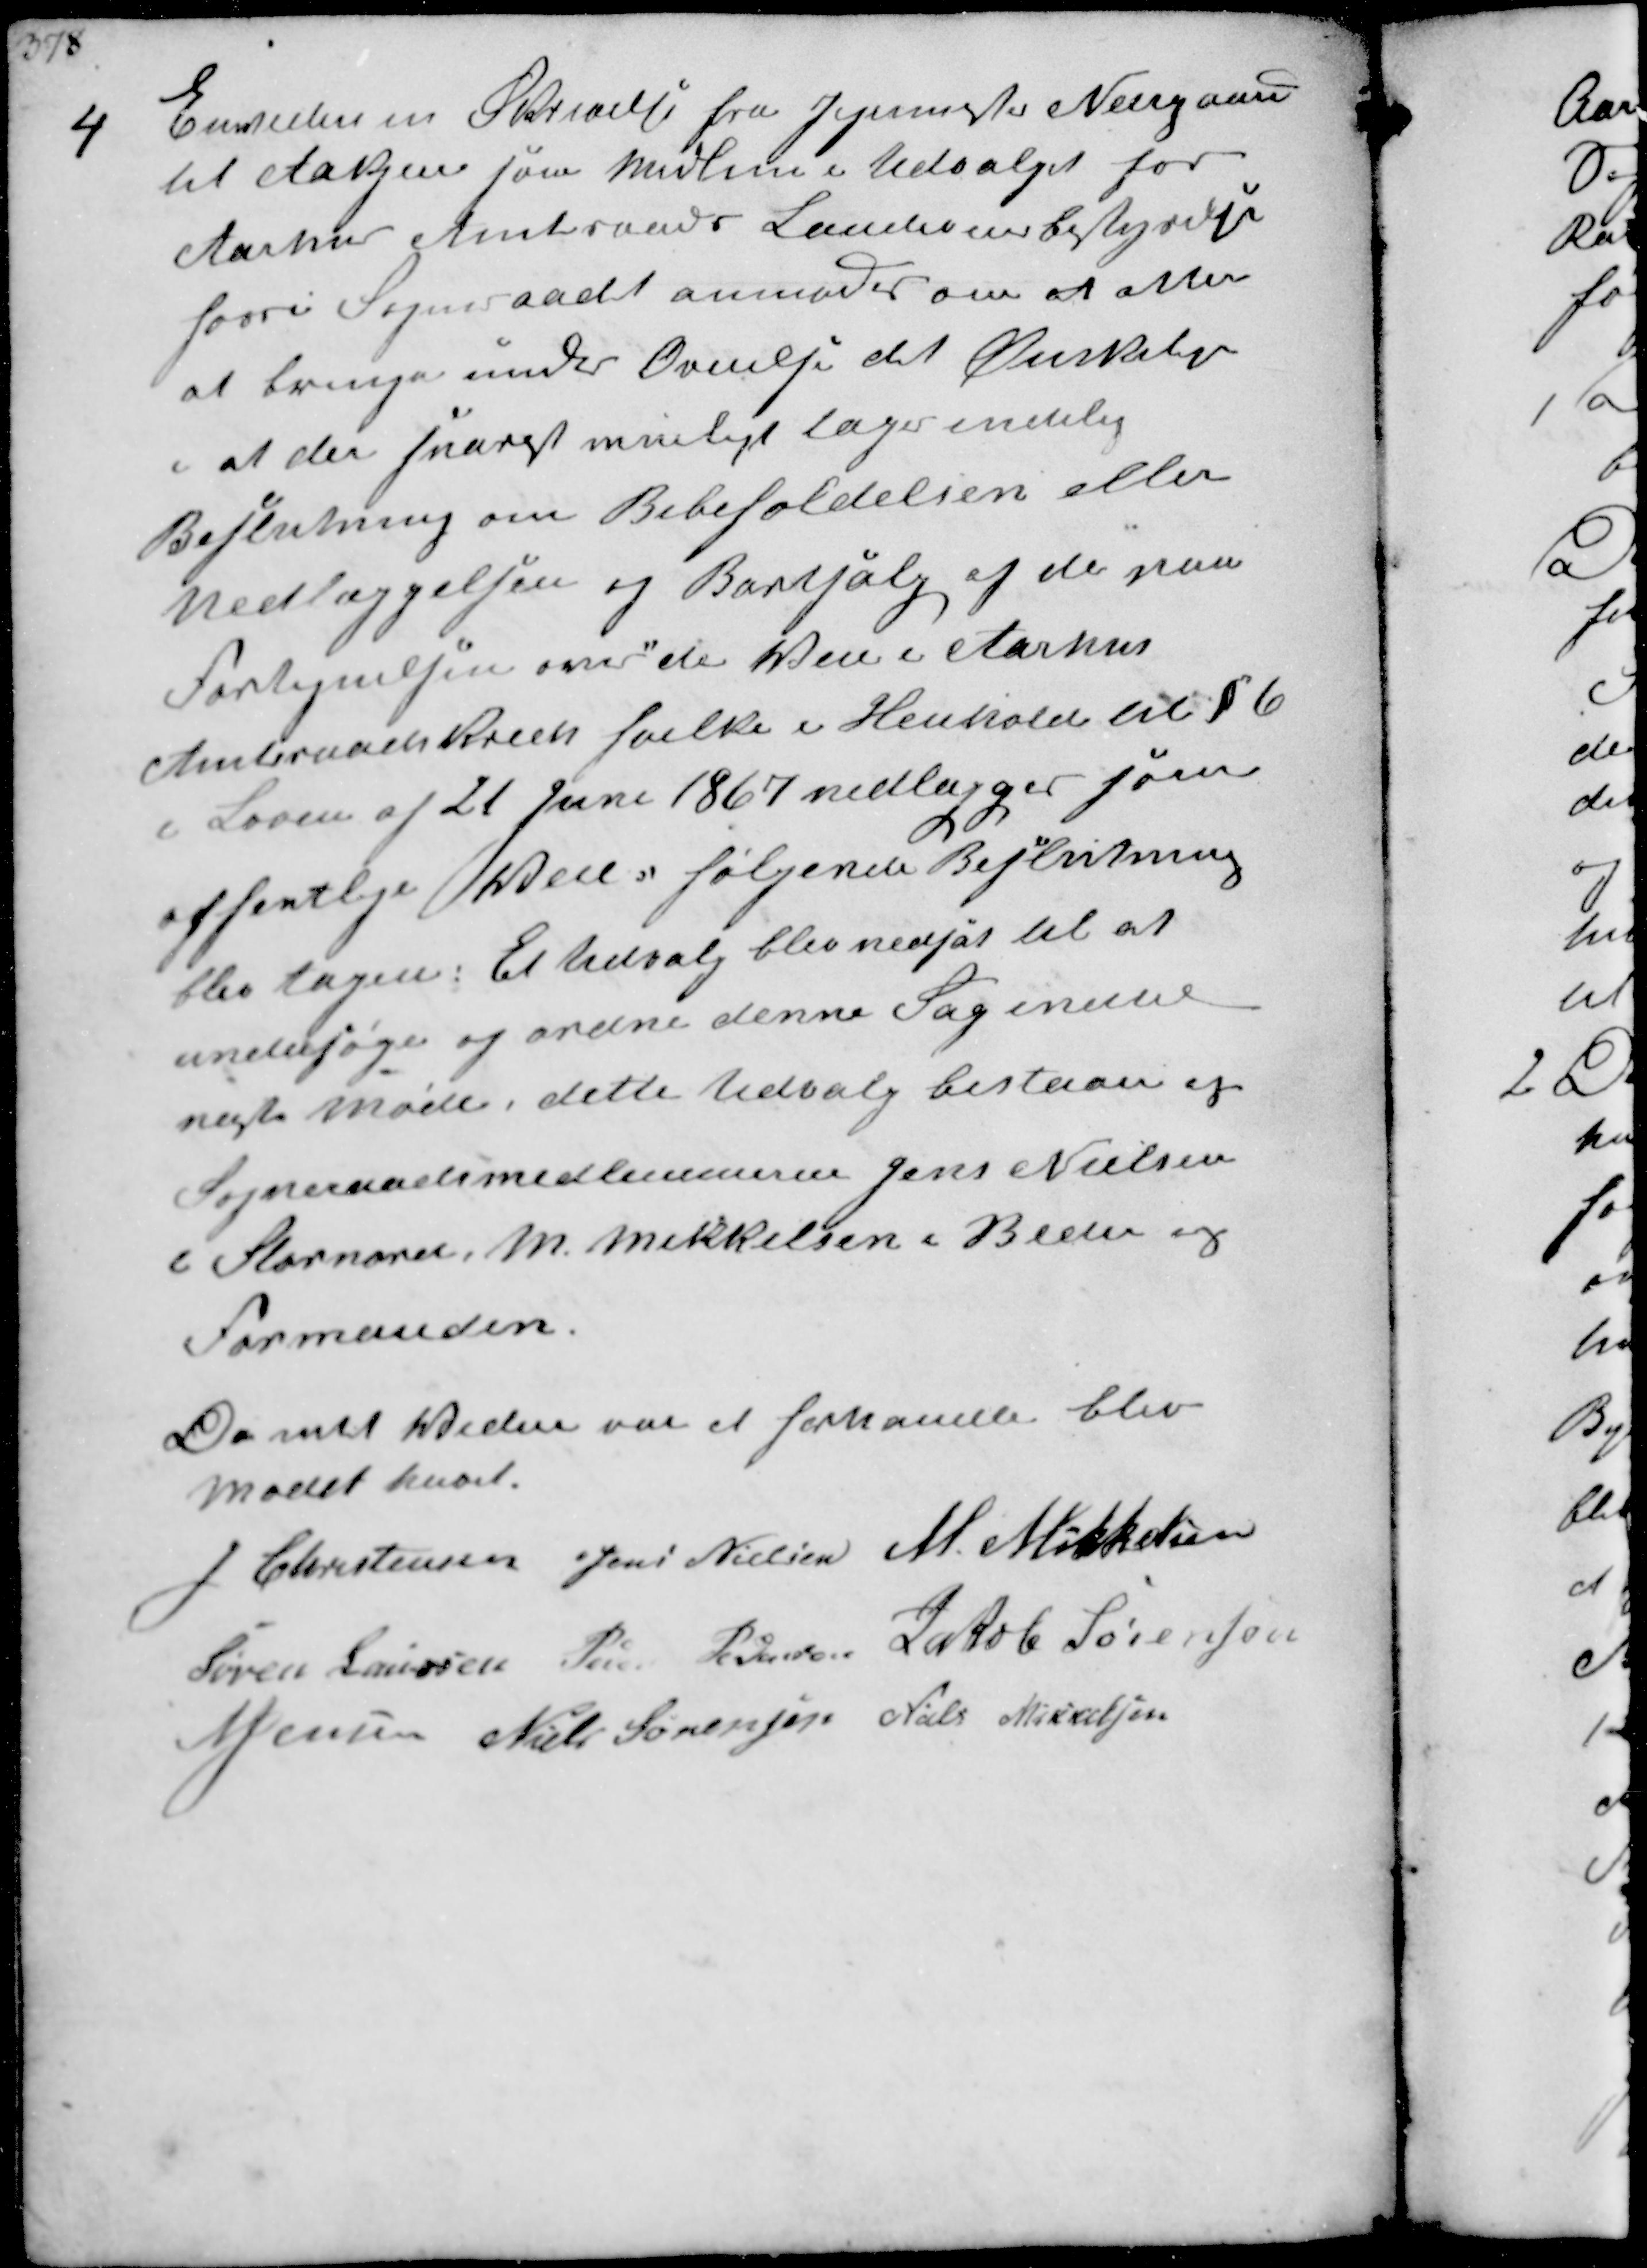
Transskription:
4
Envidere en Skrivelse fra Jegermester Neergaard
til Aakjær som Medlem i Udvalget for
Aarhus Amtsraads Landsoverbestyrelse
fordi Sogneraadet anmodes om at atter
at bringe under Overvejelse det Ønskelige
i at der snarest muligt tages endelig
Beslutning om Bibeholdelsen eller
nedlæggelsen og Bortsalg af de paa
Fortegnelsen over de Veje i Aarhus
Amtsraadskreds hvilke i Henhold til §6
i Loven af 21 Juni 1867 nedlægges som
offentlige Veje, følgende Beslutning
blev tagen: Et Udvalg blev nedsat til at
undersøge og ordne denne Sag inden
næste Møde, dette Udvalg bestaar af
Sogneraadsmedlemmerne Jens Nielsen
i Stornord, M. Mikkelsen i Beder og
Formanden.

Da intet videre var at forhandle blev
Mødet hævet
J Christensen Jens Nielsen M. Mikkelsen
Søren Laursen Peder Pedersen Jakob Sørensen
N Jensen Niels Sørensen Niels Mikkelsen